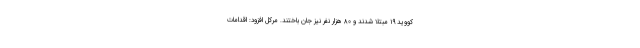
کووید ۱۹ مبتلا شدند و ۸۰ هزار نفر نیز جان باختند. مرکل افزود: اقدامات